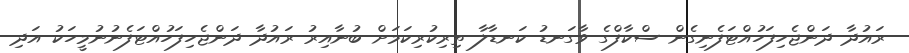
ރައުދާ ދަންޖެހިފަހުއްޓަފެނިގެން ސްކާފްގެ ވާގަނޑު ކަނޑާލާ ތިރިކުރިކަމަށް ބުނާއިރު ރައުދާ ދަންޖެހިފަހުއްޓަފެނުނުމީހަކު އަދި